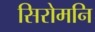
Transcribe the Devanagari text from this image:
सिरोमनि